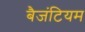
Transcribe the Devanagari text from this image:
बैजंटियम